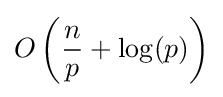
O\left({\frac {n}{p}}+\log(p)\right)